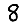
Digit: 8